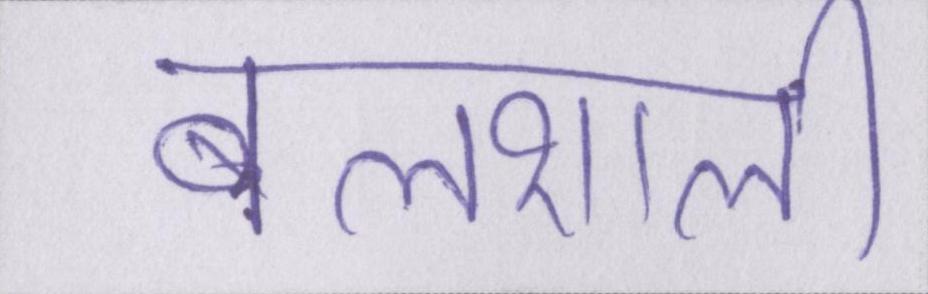
बलशाली